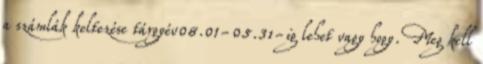
a számlák keltezése tárgyév08.01-05.31-ig lehet vagy hogy. Meg kell